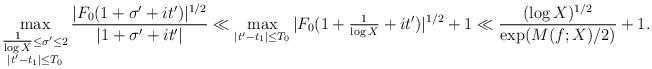
LaTeX: \begin{align*}\max_{\substack{\tfrac{1}{\log X} \leq \sigma' \leq 2 \\ |t'-t_1| \leq T_0}} \frac{|F_0(1+\sigma' + it')|^{1/2} }{|1+\sigma' + it'|} \ll \max_{|t'-t_1| \leq T_0} |F_0(1+\tfrac{1}{\log X} + it')|^{1/2} + 1 \ll \frac{(\log X)^{1/2}}{\exp(M(f; X)/2)} + 1.\end{align*}